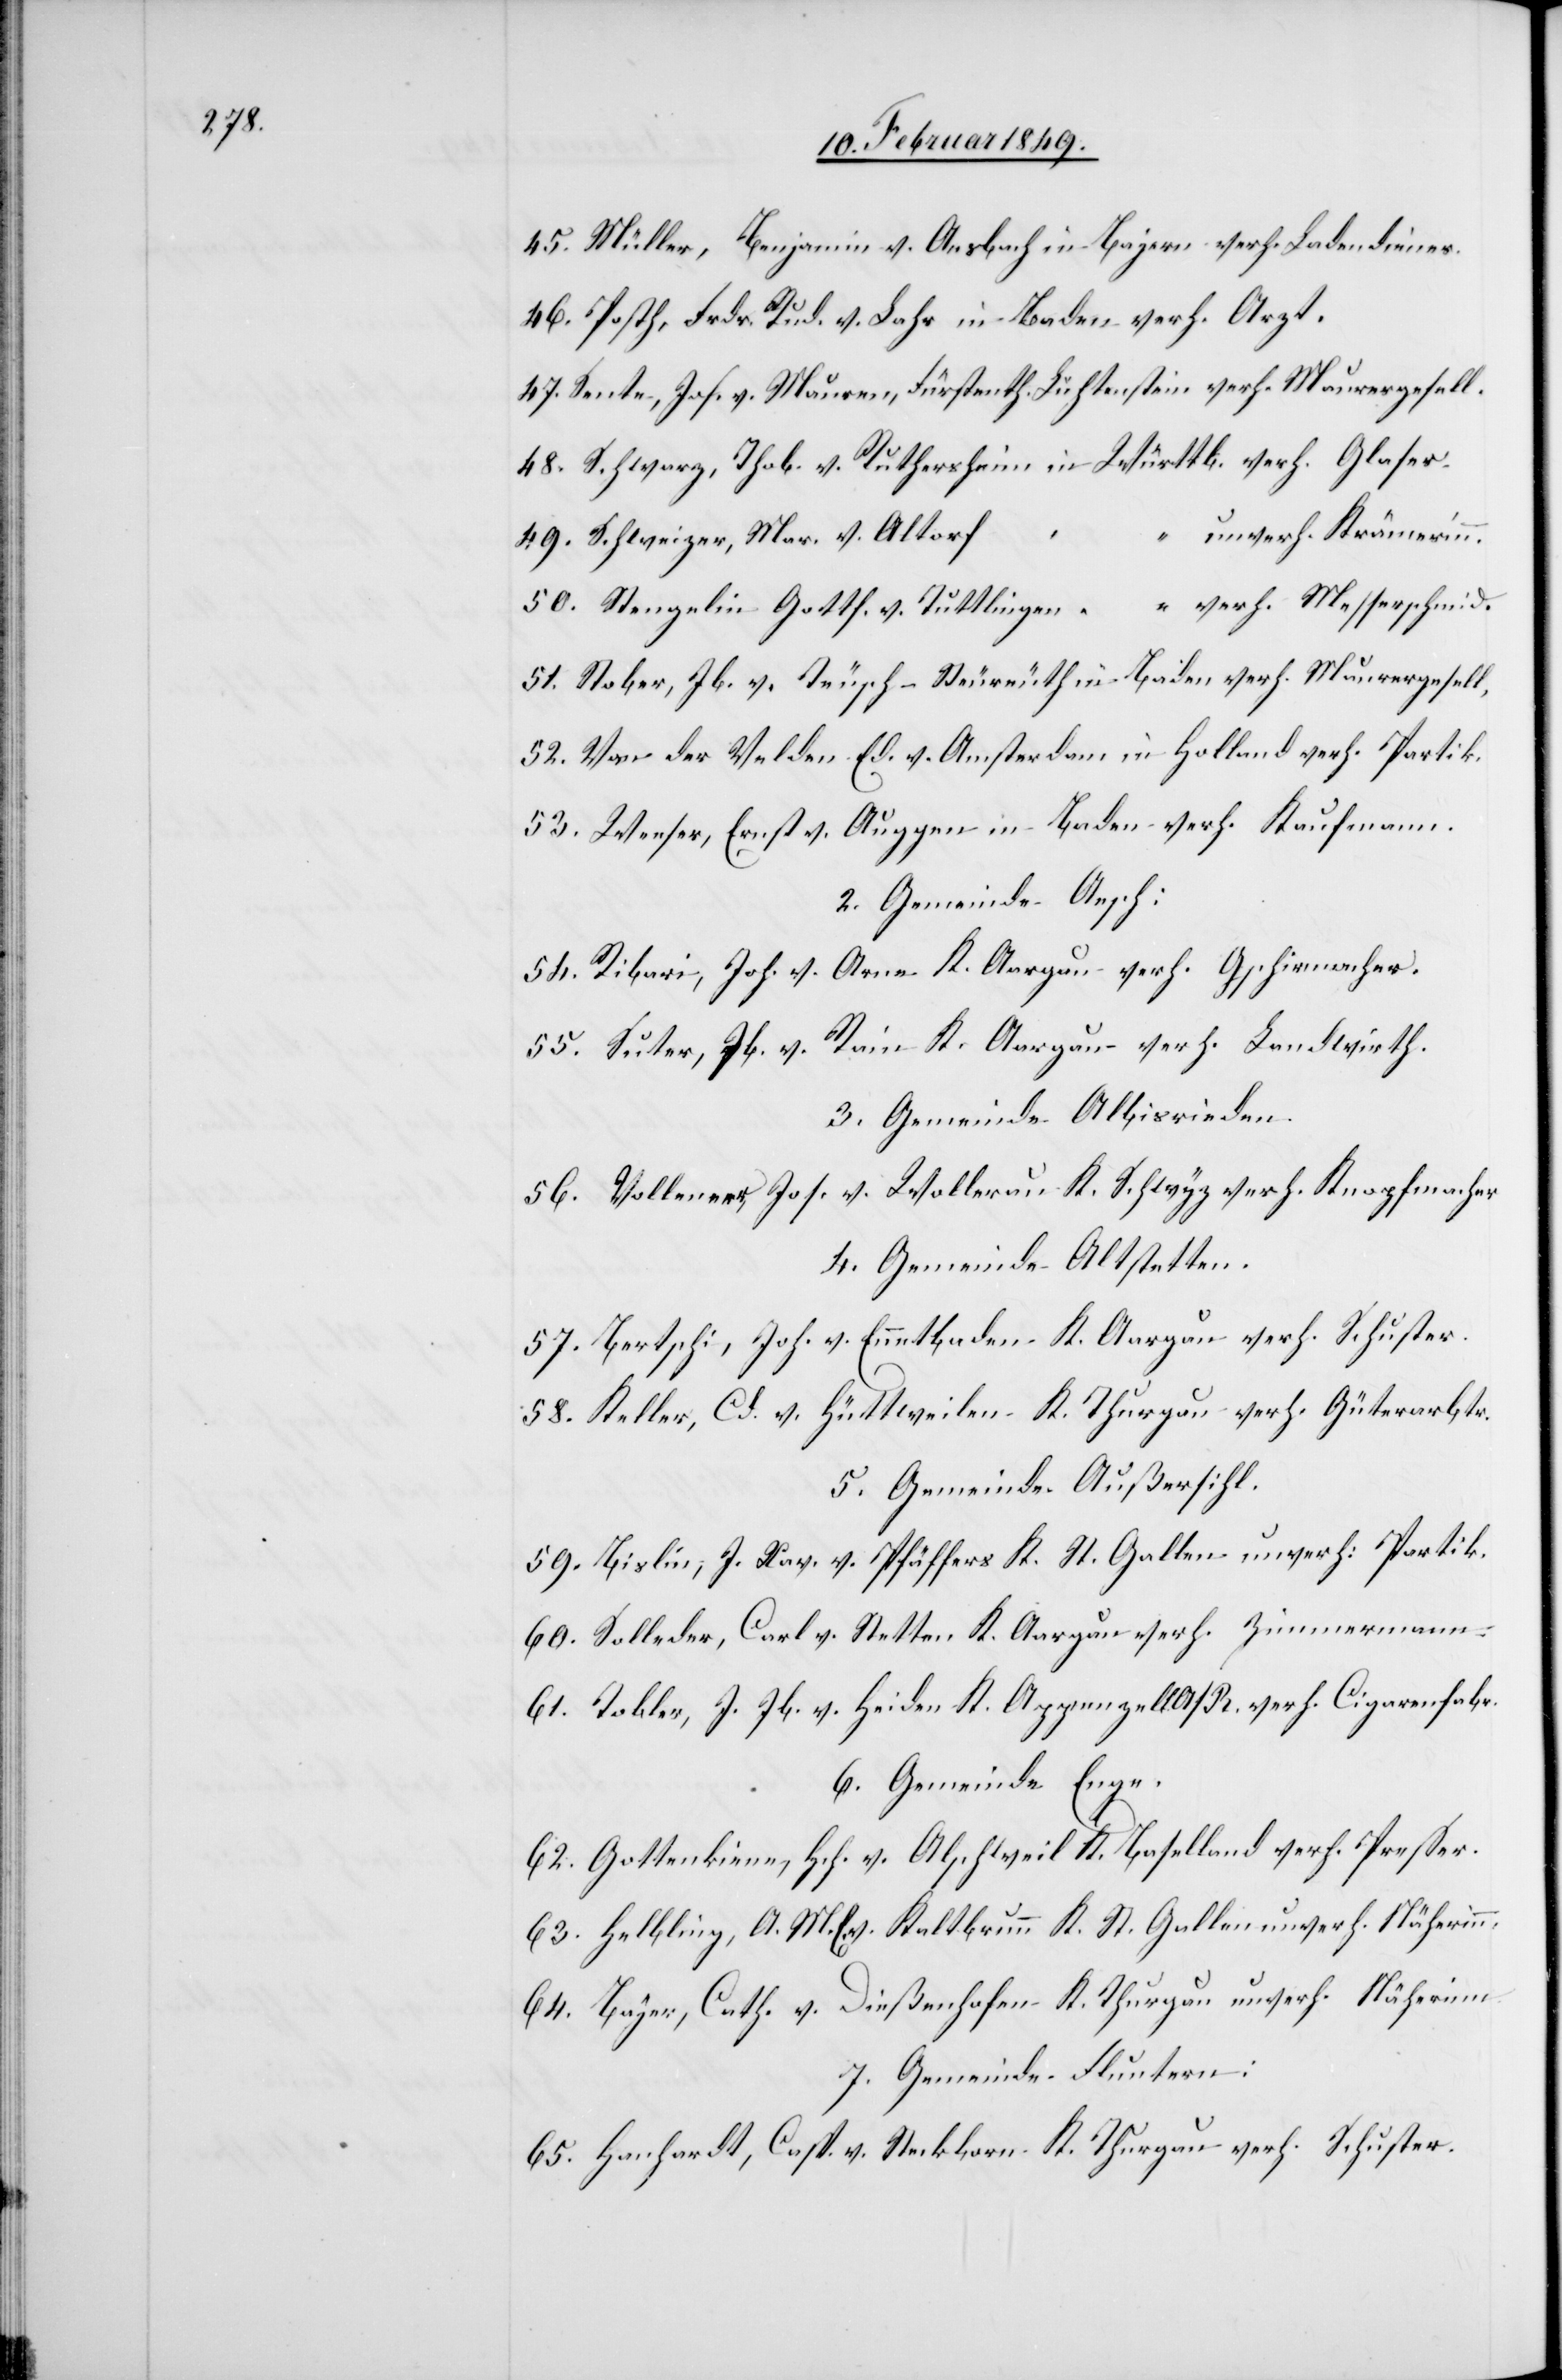
45. Müller, Benjamin v. Ansbach in Bajern verh. Ladendiener.
46. Posth, Frdr. Rud. v. Lahr in Baden verh. Arzt.
47. Sente, Jos. v. Mauren, Fürstenth. Lichtenstein verh. Maurergesell.
48. Schwarz, Thob. v. Ruthersheim in Württb. verh. Glaser.
“ unverh. Krämerinn.
49. Schweizer, Mar. v. Altorf
50. Stengelin Gottf. v. Tuttlingen “ “ verh. Messerschmid.
51. Stober, Jb. v. Teusch-Neureuth in Baden verh. Maurergesell,
52. Van der Velden Ed. v. Amsterdam in Holland verh. Partik.
53. Wenser, Ernst v. Auggen in Baden verh. Kaufmann.
2. Gemeinde Aesch:
54. Ribari, Joh. v. Arne K. Aargau verh. Gschirmacher.
55. Suter, Jb. v. Rain K. Aargau verh. Landwirth.
3. Gemeinde Albisrieden.
56. Volleneer, Jos. v. Wollerau K. Schwyz verh. Knopfmacher
4. Gemeinde Altstetten.
57. Bertschi, Joh. v. Ennetbaden K. Aargau verh. Schuster.
58. Keller, Cd. v. Hüttweilen K. Thurgau verh. Güterarbtr.
5. Gemeinde Außersihl.
59. Bislin, J. Xav. v. Pfäffers K. St. Gallen unverh. Partik.
60. Solleder, Carl v. Stetten K. Aargau verh. Zimmermann.
61. Tobler, J. Jb. v. Heiden K. Appenzell A/R. verh. Cigarenfabr.
6. Gemeinde Enge.
62. Gottenkinn, Hch. v. Alschweil K. Baselland verh. Presser.
63. Helbling, A. M. E. v. Kaltbrunn K. St. Gallen unverh. Näherinn.
64. Bayer, Cath. v. Dießenhofen K. Thurgau unverh. Näherinn.
7. Gemeinde Fluntern:
65. Hanhardt, Casp. v. Steckborn K. Thurgau verh. Schuster.